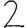
Digit: 2